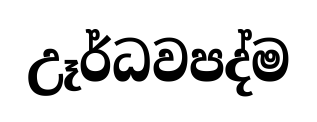
උෑර්ධවපද්ම